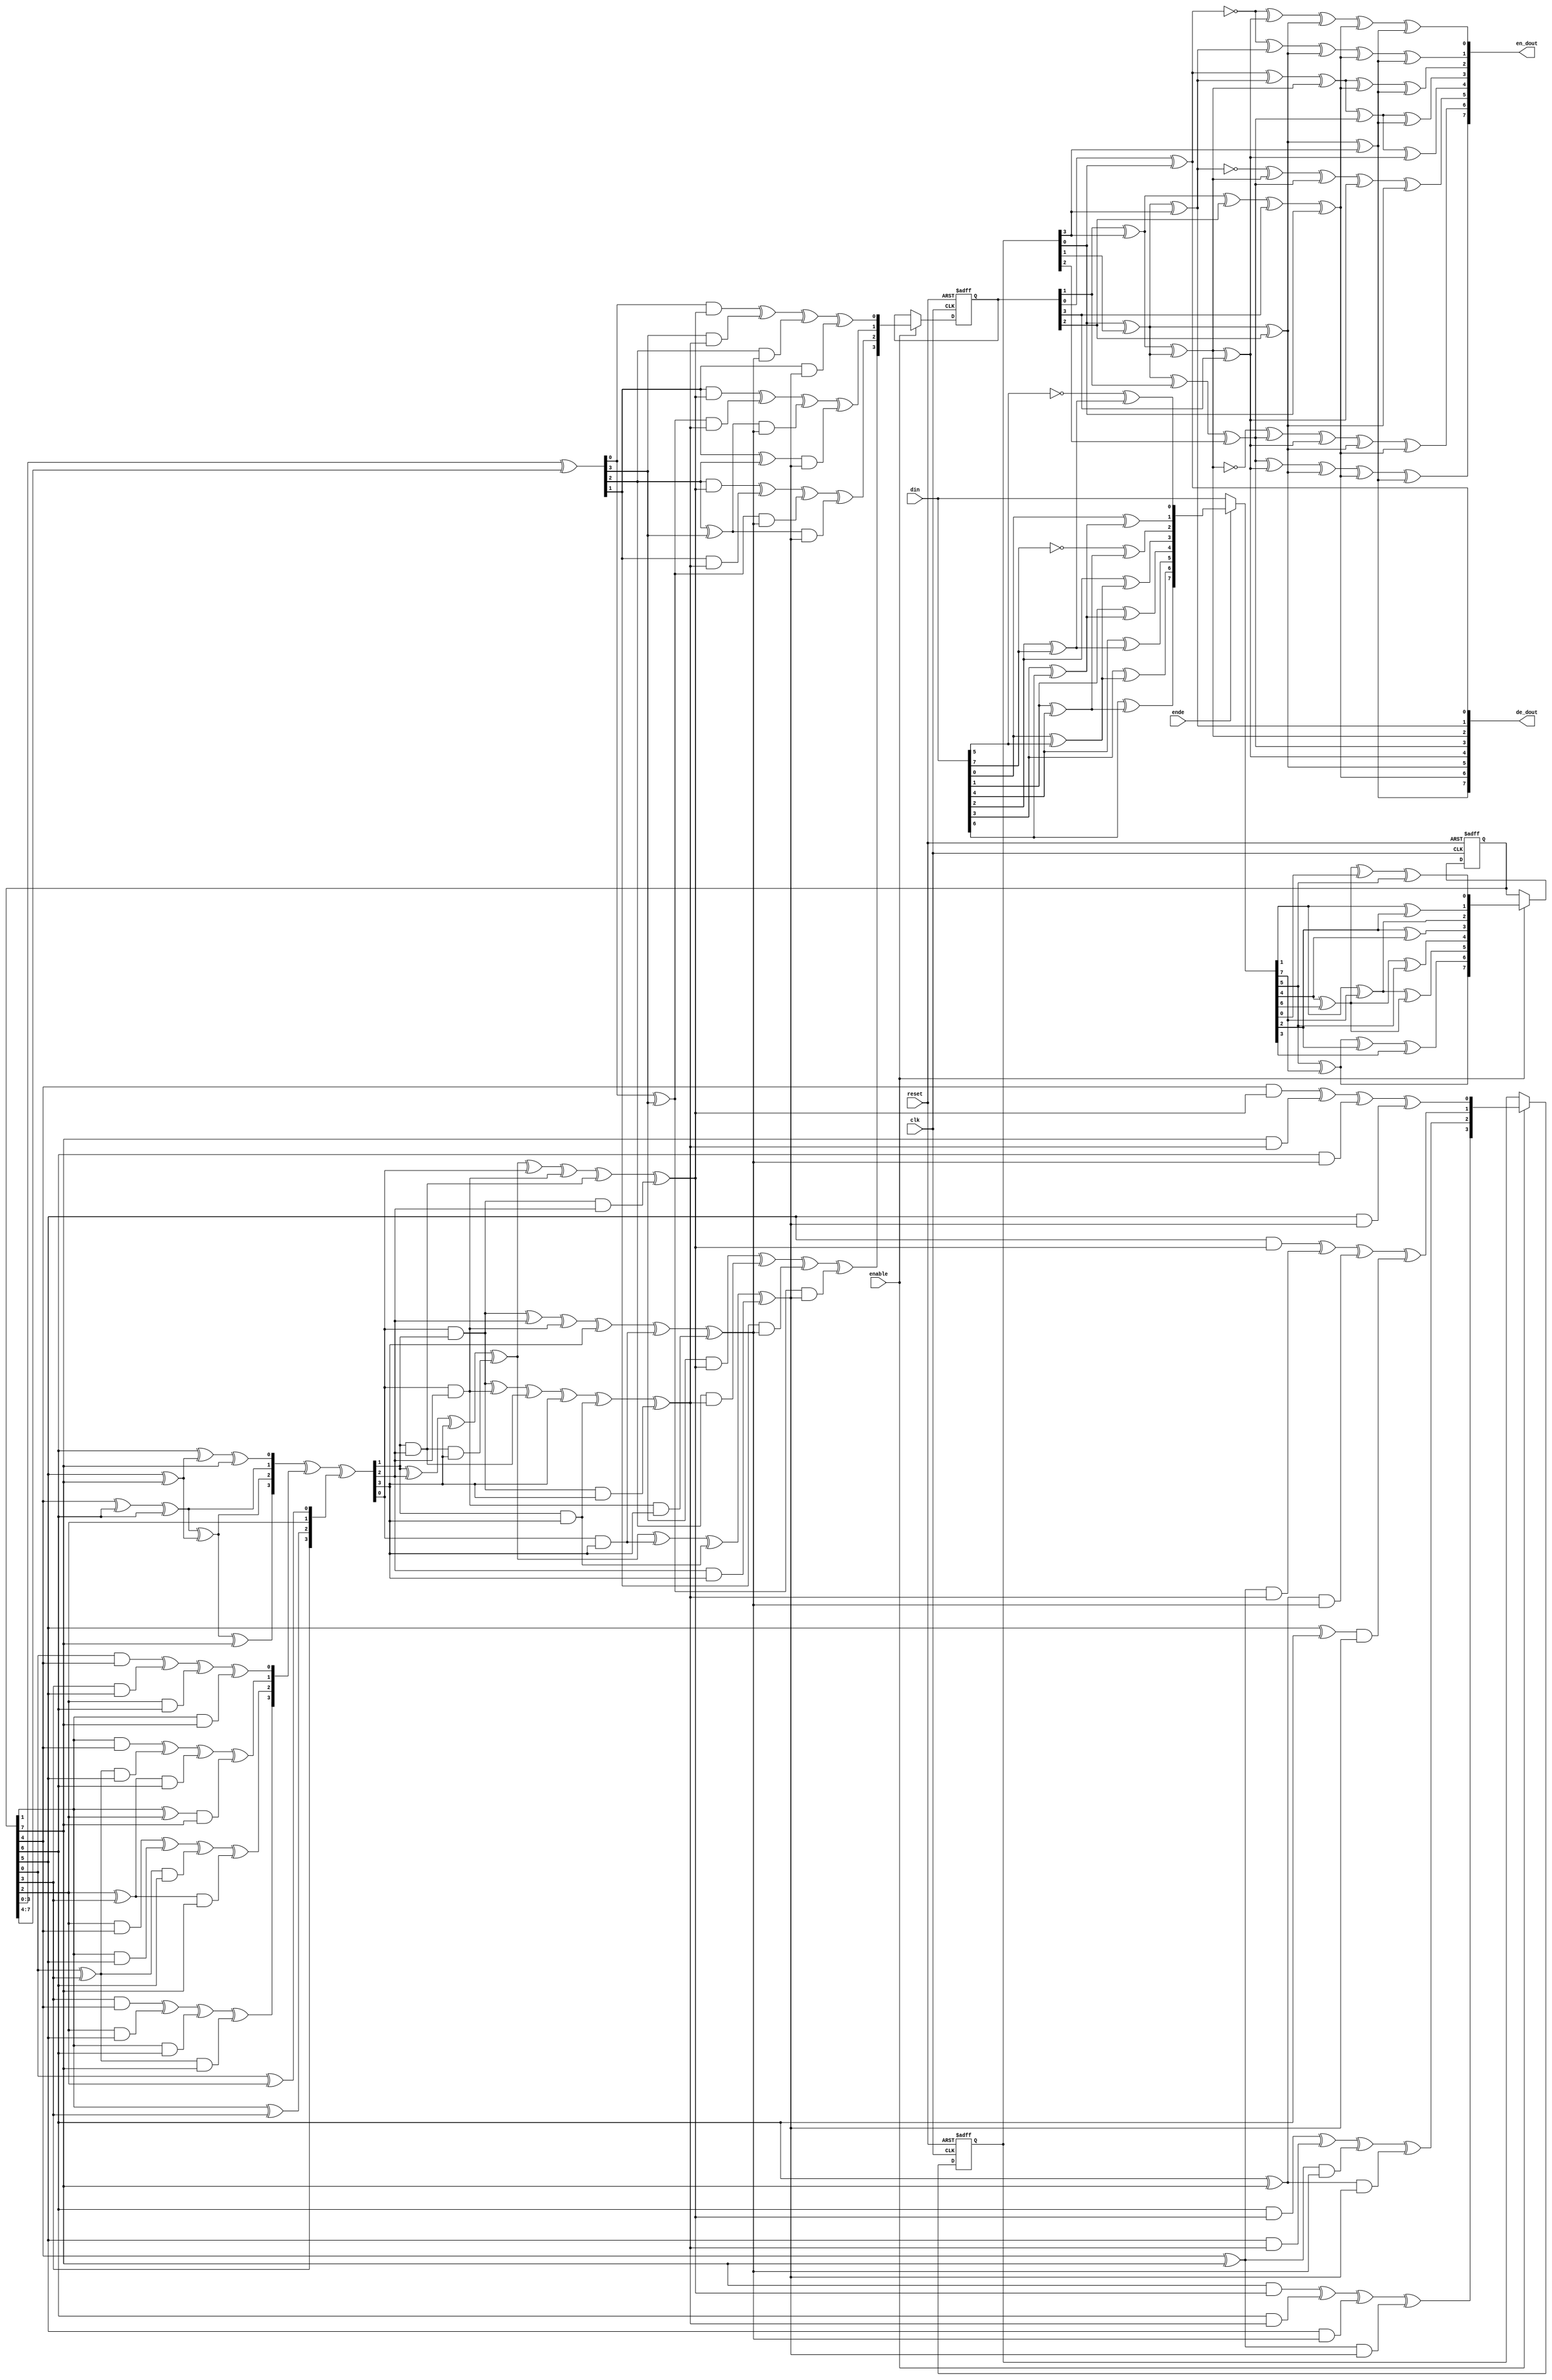
//////////////////////////////////////////////////////////////////////
////                                                              ////
////  Sub Bytes Box file                                          ////
////                                                              ////
////  Description:                                                ////
////  Implement sub byte box look up table                        ////
////                                                              ////
////  To Do:                                                      ////
////   - done                                                     ////
////                                                              ////
////  Author(s):                                                  ////
////      - Luo Dongjun,   dongjun_luo@hotmail.com                ////
////                                                              ////
//////////////////////////////////////////////////////////////////////
module sbox(
	clk,
	reset,
	enable,
	din,
	ende,
	en_dout,
	de_dout);
 
input		clk;
input		reset;
input		enable;
input	[7:0]	din;
input		ende;  //0: encryption;  1: decryption
output	[7:0]	en_dout;
output	[7:0]	de_dout;
 
wire [7:0] first_matrix_out,first_matrix_in,last_matrix_out_enc,last_matrix_out_dec;
wire [3:0] p,q,p2,q2,sumpq,sump2q2,inv_sump2q2,p_new,q_new,mulpq,q2B;
reg [7:0]  first_matrix_out_L;
reg [3:0]  p_new_L,q_new_L;
 
// GF(256) to GF(16) transformation
assign first_matrix_in[7:0] = ende ? INV_AFFINE(din[7:0]): din[7:0];
assign first_matrix_out[7:0] = GF256_TO_GF16(first_matrix_in[7:0]);
 
// pipeline 1
always @ (posedge clk or posedge reset)
begin
	if (reset)
		first_matrix_out_L[7:0] <= 8'b0;
	else if (enable)
		first_matrix_out_L[7:0] <= first_matrix_out[7:0];
end
 
/*****************************************************************************/
// GF16 inverse logic
/*****************************************************************************/
//                     p+q _____ 
//                              \
//  p --> p2 ___                 \
//   \          \                 x --> p_new
//    x -> p*q -- + --> inverse -/
//   /          /                \
//  q --> q2*B-/                  x --> q_new 
//   \___________________________/
//
assign p[3:0] = first_matrix_out_L[3:0];
assign q[3:0] = first_matrix_out_L[7:4];
assign p2[3:0] = SQUARE(p[3:0]);
assign q2[3:0] = SQUARE(q[3:0]);
//p+q
assign sumpq[3:0] = p[3:0] ^ q[3:0];
//p*q
assign mulpq[3:0] = MUL(p[3:0],q[3:0]);
//q2B calculation
assign q2B[0]=q2[1]^q2[2]^q2[3];
assign q2B[1]=q2[0]^q2[1];
assign q2B[2]=q2[0]^q2[1]^q2[2];
assign q2B[3]=q2[0]^q2[1]^q2[2]^q2[3];
//p2+p*q+q2B
assign sump2q2[3:0] = q2B[3:0] ^ mulpq[3:0] ^ p2[3:0];
// inverse p2+pq+q2B
assign inv_sump2q2[3:0] = INVERSE(sump2q2[3:0]);
// results
assign p_new[3:0] = MUL(sumpq[3:0],inv_sump2q2[3:0]);
assign q_new[3:0] = MUL(q[3:0],inv_sump2q2[3:0]);
 
// pipeline 2
always @ (posedge clk or posedge reset)
begin
	if (reset)
		{p_new_L[3:0],q_new_L[3:0]} <= 8'b0;
	else if (enable)
		{p_new_L[3:0],q_new_L[3:0]} <= {p_new[3:0],q_new[3:0]};
end
 
// GF(16) to GF(256) transformation
assign last_matrix_out_dec[7:0] = GF16_TO_GF256(p_new_L[3:0],q_new_L[3:0]);
assign last_matrix_out_enc[7:0] = AFFINE(last_matrix_out_dec[7:0]);
assign en_dout[7:0] = last_matrix_out_enc[7:0];
assign de_dout[7:0] = last_matrix_out_dec[7:0];
 
/*****************************************************************************/
// Functions
/*****************************************************************************/
 
// convert GF(256) to GF(16)
function [7:0] GF256_TO_GF16;
input [7:0] data;
reg a,b,c;
begin
	a = data[1]^data[7];
	b = data[5]^data[7];
	c = data[4]^data[6];
	GF256_TO_GF16[0] = c^data[0]^data[5];
	GF256_TO_GF16[1] = data[1]^data[2];
	GF256_TO_GF16[2] = a;
	GF256_TO_GF16[3] = data[2]^data[4];
	GF256_TO_GF16[4] = c^data[5]; 
	GF256_TO_GF16[5] = a^c;
	GF256_TO_GF16[6] = b^data[2]^data[3];
	GF256_TO_GF16[7] = b;
end
endfunction
 
// squre 
function [3:0] SQUARE;
input [3:0] data;
begin
	SQUARE[0] = data[0]^data[2];
	SQUARE[1] = data[2];
	SQUARE[2] = data[1]^data[3];
	SQUARE[3] = data[3];
end
endfunction
 
// inverse
function [3:0] INVERSE;
input [3:0] data;
reg a;
begin
	a=data[1]^data[2]^data[3]^(data[1]&data[2]&data[3]);
	INVERSE[0]=a^data[0]^(data[0]&data[2])^(data[1]&data[2])^(data[0]&data[1]&data[2]);
	INVERSE[1]=(data[0]&data[1])^(data[0]&data[2])^(data[1]&data[2])^data[3]^
		(data[1]&data[3])^(data[0]&data[1]&data[3]);
	INVERSE[2]=(data[0]&data[1])^data[2]^(data[0]&data[2])^data[3]^
		(data[0]&data[3])^(data[0]&data[2]&data[3]);
	INVERSE[3]=a^(data[0]&data[3])^(data[1]&data[3])^(data[2]&data[3]);
end
endfunction
 
// multiply
function [3:0] MUL;
input [3:0] d1,d2;
reg a,b;
begin
	a=d1[0]^d1[3];
	b=d1[2]^d1[3];
 
	MUL[0]=(d1[0]&d2[0])^(d1[3]&d2[1])^(d1[2]&d2[2])^(d1[1]&d2[3]);
	MUL[1]=(d1[1]&d2[0])^(a&d2[1])^(b&d2[2])^((d1[1]^d1[2])&d2[3]);
	MUL[2]=(d1[2]&d2[0])^(d1[1]&d2[1])^(a&d2[2])^(b&d2[3]);
	MUL[3]=(d1[3]&d2[0])^(d1[2]&d2[1])^(d1[1]&d2[2])^(a&d2[3]);
end
endfunction
 
// GF16 to GF256 transform
function [7:0] GF16_TO_GF256;
input [3:0] p,q;
reg a,b;
begin
	a=p[1]^q[3];
	b=q[0]^q[1];
 
	GF16_TO_GF256[0]=p[0]^q[0];
	GF16_TO_GF256[1]=b^q[3];
	GF16_TO_GF256[2]=a^b;
	GF16_TO_GF256[3]=b^p[1]^q[2];
	GF16_TO_GF256[4]=a^b^p[3];
	GF16_TO_GF256[5]=b^p[2];
	GF16_TO_GF256[6]=a^p[2]^p[3]^q[0];
	GF16_TO_GF256[7]=b^p[2]^q[3];
end
endfunction
 
// affine transformation
function [7:0] AFFINE;
input [7:0] data;
begin
	//affine trasformation
	AFFINE[0]=(!data[0])^data[4]^data[5]^data[6]^data[7];
	AFFINE[1]=(!data[0])^data[1]^data[5]^data[6]^data[7];
	AFFINE[2]=data[0]^data[1]^data[2]^data[6]^data[7];
	AFFINE[3]=data[0]^data[1]^data[2]^data[3]^data[7];
	AFFINE[4]=data[0]^data[1]^data[2]^data[3]^data[4];
	AFFINE[5]=(!data[1])^data[2]^data[3]^data[4]^data[5];
	AFFINE[6]=(!data[2])^data[3]^data[4]^data[5]^data[6];
	AFFINE[7]=data[3]^data[4]^data[5]^data[6]^data[7];
end
endfunction
 
// inverse affine transformation
function [7:0] INV_AFFINE;
input [7:0] data;
reg a,b,c,d;
begin
	a=data[0]^data[5];
	b=data[1]^data[4];
	c=data[2]^data[7];
	d=data[3]^data[6];
	INV_AFFINE[0]=(!data[5])^c;
	INV_AFFINE[1]=data[0]^d;
	INV_AFFINE[2]=(!data[7])^b;
	INV_AFFINE[3]=data[2]^a;
	INV_AFFINE[4]=data[1]^d;
	INV_AFFINE[5]=data[4]^c;
	INV_AFFINE[6]=data[3]^a;
	INV_AFFINE[7]=data[6]^b;
end
endfunction
endmodule